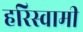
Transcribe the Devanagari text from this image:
हरिस्वामी